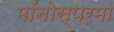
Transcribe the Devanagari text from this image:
मॉनोस्पर्मा